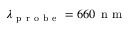
\lambda _ { \mathrm { ~ p ~ r ~ o ~ b ~ e ~ } } = 6 6 0 \, \mathrm { ~ n ~ m ~ }